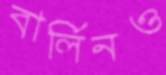
বার্লিনও